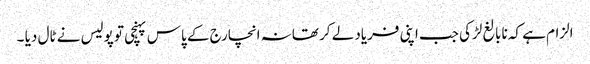
الزام ہے کہ نابالغ لڑکی جب اپنی فریاد لے کر تھانہ انچارج کے پاس پہنچی تو پولیس نے ٹال دیا ۔